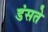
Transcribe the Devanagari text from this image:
डंसते